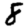
Digit: 8